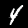
Label: 4